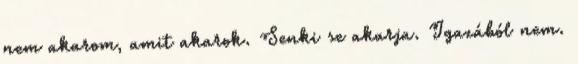
nem akarom, amit akarok. Senki se akarja. Igazából nem.